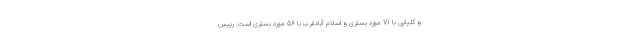
و کلیایی با 71 مورد بستری و اسلام آبادغرب با 56 مورد بستری است. رییس